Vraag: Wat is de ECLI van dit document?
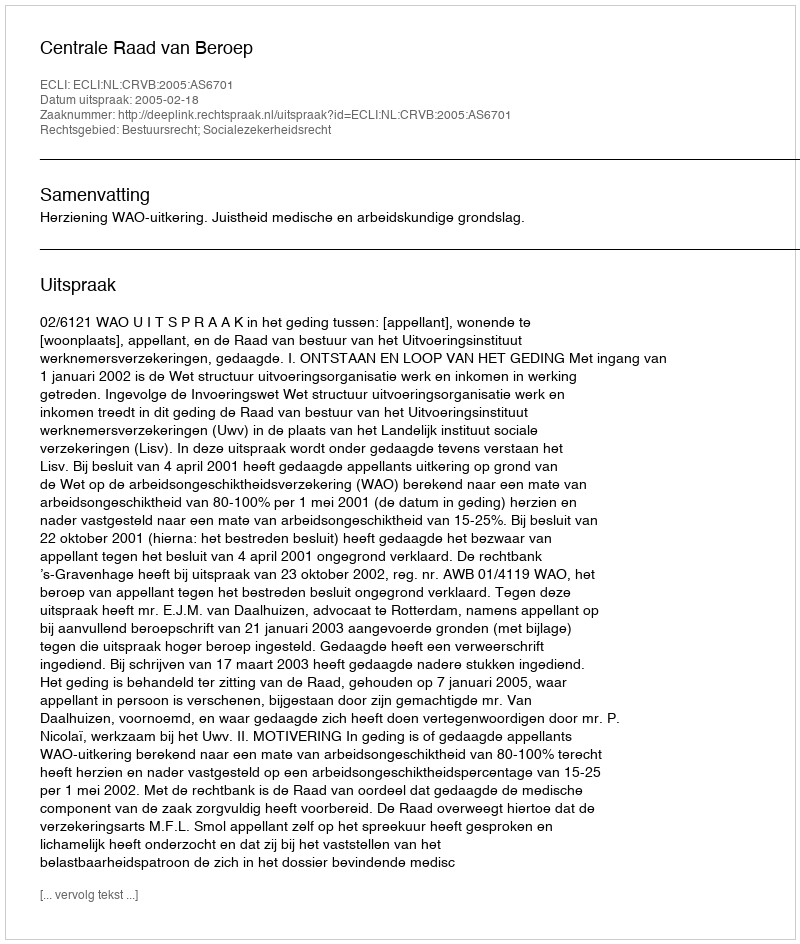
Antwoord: ECLI:NL:CRVB:2005:AS6701